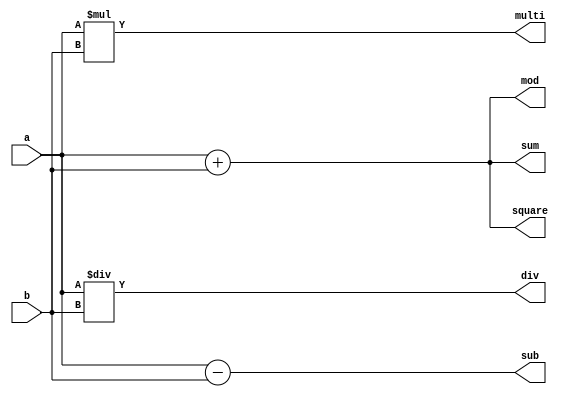
module operators
#(
	parameter NBIT = 4
)
(
	output	[NBIT:0]	 sum,		// plus
	output	[NBIT:0]	 sub,		// minus	  
	output	[NBIT:0]	 multi,	
	output	[NBIT:0]	 div,	
	output	[NBIT:0]	 mod,		// remain
	output	[NBIT:0]	 square,	// square
	input	[NBIT-1:0]   a,
	input	[NBIT-1:0]   b
);

	assign sum 		= a + b;
	assign sub 		= a - b;
	assign multi 	= a * b;
	assign div 		= a / b;
	assign mod 		= a + b;
	assign square 	= a + b;

endmodule